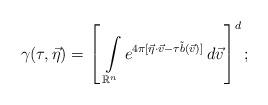
LaTeX: \begin{align*} \gamma(\tau,\vec{\eta}) = \left[\,\,\displaystyle\int \limits_{\mathbb R^n} e^{4\pi [\vec{\eta}\cdot \vec{v} -\tau\tilde{b}(\vec{v})]} \, d\vec{v}\right]^d; \end{align*}